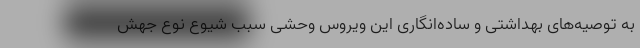
به توصیه‌های بهداشتی و ساده‌انگاری این ویروس وحشی سبب شیوع نوع جهش